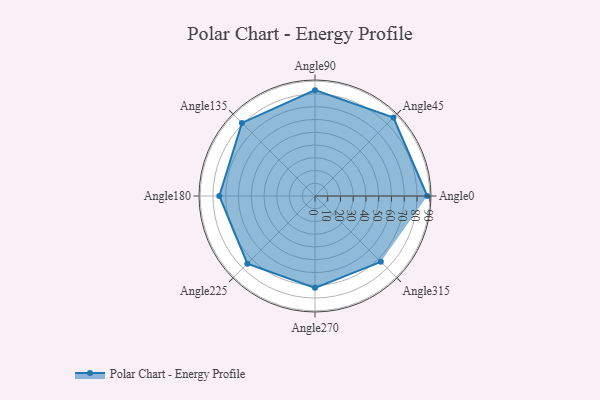
{"axis": {"x": "Angle", "y": "Radius"}, "legend": [""], "data": [{"x": "Angle0", "y": 88.0, "type": ""}, {"x": "Angle45", "y": 87.0, "type": ""}, {"x": "Angle90", "y": 83.0, "type": ""}, {"x": "Angle135", "y": 81.0, "type": ""}, {"x": "Angle180", "y": 75.0, "type": ""}, {"x": "Angle225", "y": 75.0, "type": ""}, {"x": "Angle270", "y": 72.0, "type": ""}, {"x": "Angle315", "y": 73.0, "type": ""}]}